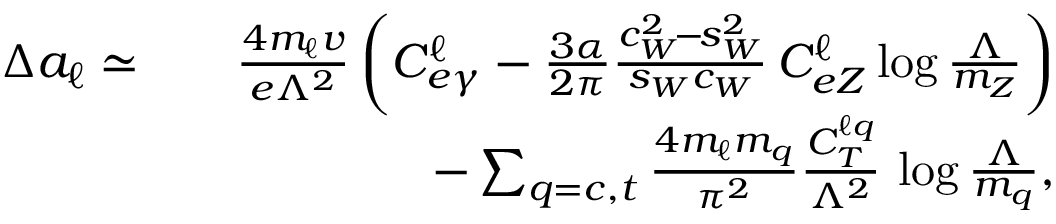
\begin{array} { r l r } { \Delta a _ { \ell } \simeq } & { } & { \frac { 4 m _ { \ell } v } { e \Lambda ^ { 2 } } \, \bigg ( C _ { e \gamma } ^ { \ell } - \frac { 3 \alpha } { 2 \pi } \frac { c _ { W } ^ { 2 } \! - \! s _ { W } ^ { 2 } } { s _ { W } c _ { W } } \, C _ { e Z } ^ { \ell } \log \frac { \Lambda } { m _ { Z } } \bigg ) } \\ & { } & { - \sum _ { q = c , t } \frac { 4 m _ { \ell } m _ { q } } { \pi ^ { 2 } } \frac { C _ { T } ^ { \ell q } } { \Lambda ^ { 2 } } \, \log \frac { \Lambda } { m _ { q } } , } \end{array}